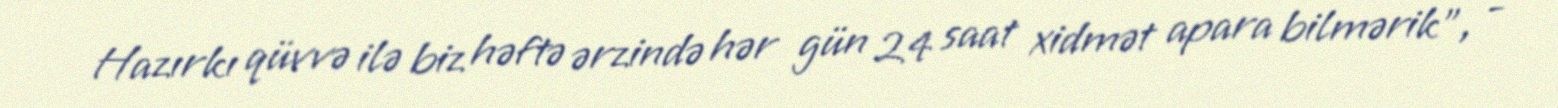
Hazırkı qüvvə ilə biz həftə ərzində hər gün 24 saat xidmət apara bilmərik”, -